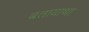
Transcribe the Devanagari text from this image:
बतायाथा